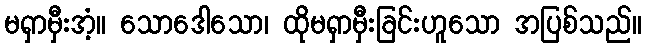
မရှာမှီးအံ့။ သောဒေါသော၊ ထိုမရှာမှီးခြင်းဟူသော အပြစ်သည်။